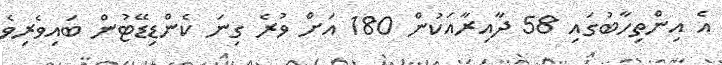
އެ އިންތިހާބުގައި 58 ދާއިރާއަކުން 180 އަށް ވުރެ ގިނަ ކެންޑިޑޭޓުން ބައިވެރިވެ